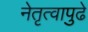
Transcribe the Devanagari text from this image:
नेतृत्वापुढे